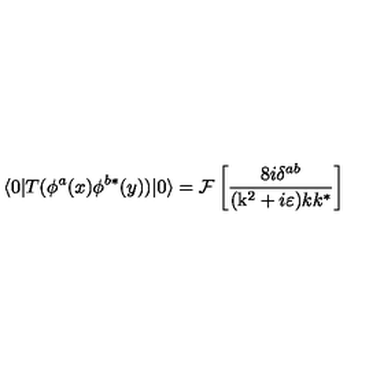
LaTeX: \langle 0 | T ( \phi ^ { a } ( x ) \phi ^ { b * } ( y ) ) | 0 \rangle = { \cal F } \left[ \frac { 8 i \delta ^ { a b } } { ( \mathrm { k } ^ { 2 } + i \varepsilon ) k k ^ { * } } \right]